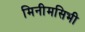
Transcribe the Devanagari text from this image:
मिनीमसिभी